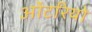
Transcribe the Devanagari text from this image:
ओंटरियो